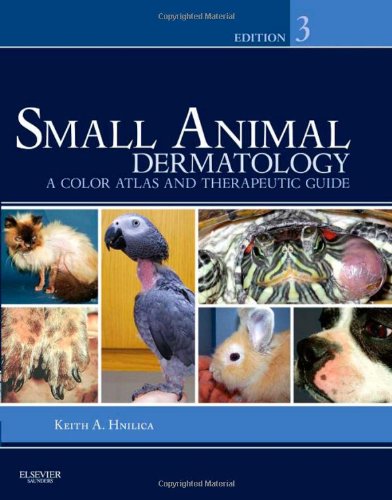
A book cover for Small Animal Dermatology: A Color Atlas and Therapeutic Guide, 3e; Keith A. Hnilica DVM  MS  DACVD  MBA; Medical Books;